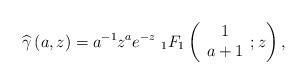
LaTeX: \begin{align*}\widehat{\gamma}\left( a,z\right) =a^{-1}z^{a}e^{-z}\ _{1}F_{1}\left(\begin{array}[c]{c}1\\a+1\end{array};z\right) , \end{align*}